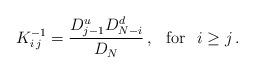
LaTeX: \begin{align*}\:K^{-1}_{i\,j} = \frac{D_{j-1}^{u}D_{N-i}^{d}}{D_{N}} \,,\hspace{0.3cm} {\rm for} \hspace{0.3cm} i \geq j \,.\:\end{align*}